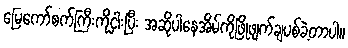
မြေကော်စက်ကြီးကိုငှါးပြီး အဆိုပါနေအိမ်ကိုဖြိုဖျက်ချပစ်ခဲ့တာပါ။